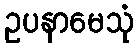
ဥပနာမေသုံ